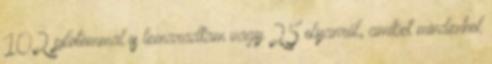
102 pilotommal is lemaradtam vagy 25 olyanról, amiket mindenhol